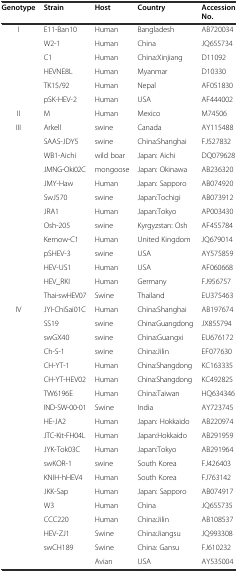
<table><thead><tr><td><b>Genotype</b></td><td><b>Strain</b></td><td><b>Host</b></td><td><b>Country</b></td><td><b>Accession No.</b></td></tr></thead><tbody><tr><td>I</td><td>E11-Ban10</td><td>Human</td><td>Bangladesh</td><td>AB720034</td></tr><tr><td></td><td>W2-1</td><td>Human</td><td>China</td><td>JQ655734</td></tr><tr><td></td><td>C1</td><td>Human</td><td>China:Xinjiang</td><td>D11092</td></tr><tr><td></td><td>HEVNE8L</td><td>Human</td><td>Myanmar</td><td>D10330</td></tr><tr><td></td><td>TK15/92</td><td>Human</td><td>Nepal</td><td>AF051830</td></tr><tr><td></td><td>pSK-HEV-2</td><td>Human</td><td>USA</td><td>AF444002</td></tr><tr><td>II</td><td>M</td><td>Human</td><td>Mexico</td><td>M74506</td></tr><tr><td>III</td><td>Arkell</td><td>swine</td><td>Canada</td><td>AY115488</td></tr><tr><td></td><td>SAAS-JDY5</td><td>swine</td><td>China:Shanghai</td><td>FJ527832</td></tr><tr><td></td><td>WB1-Aichi</td><td>wild boar</td><td>Japan: Aichi</td><td>DQ079628</td></tr><tr><td></td><td>JMNG-Oki02C</td><td>mongoose</td><td>Japan: Okinawa</td><td>AB236320</td></tr><tr><td></td><td>JMY-Haw</td><td>Human</td><td>Japan: Sapporo</td><td>AB074920</td></tr><tr><td></td><td>SwJ570</td><td>swine</td><td>Japan:Tochigi</td><td>AB073912</td></tr><tr><td></td><td>JRA1</td><td>Human</td><td>Japan:Tokyo</td><td>AP003430</td></tr><tr><td></td><td>Osh-205</td><td>swine</td><td>Kyrgyzstan: Osh</td><td>AF455784</td></tr><tr><td></td><td>Kernow-C1</td><td>Human</td><td>United Kingdom</td><td>JQ679014</td></tr><tr><td></td><td>pSHEV-3</td><td>swine</td><td>USA</td><td>AY575859</td></tr><tr><td></td><td>HEV-US1</td><td>Human</td><td>USA</td><td>AF060668</td></tr><tr><td></td><td>HEV_RKI</td><td>Human</td><td>Germany</td><td>FJ956757</td></tr><tr><td></td><td>Thai-swHEV07</td><td>Swine</td><td>Thailand</td><td>EU375463</td></tr><tr><td>IV</td><td>JYI-ChiSai01C</td><td>Human</td><td>China:Shanghai</td><td>AB197674</td></tr><tr><td></td><td>SS19</td><td>swine</td><td>China:Guangdong</td><td>JX855794</td></tr><tr><td></td><td>swGX40</td><td>swine</td><td>China:Guangxi</td><td>EU676172</td></tr><tr><td></td><td>Ch-S-1</td><td>swine</td><td>China:Jilin</td><td>EF077630</td></tr><tr><td></td><td>CH-YT-1</td><td>Human</td><td>China:Shangdong</td><td>KC163335</td></tr><tr><td></td><td>CH-YT-HEV02</td><td>Human</td><td>China:Shangdong</td><td>KC492825</td></tr><tr><td></td><td>TW6196E</td><td>Human</td><td>China:Taiwan</td><td>HQ634346</td></tr><tr><td></td><td>IND-SW-00-01</td><td>Swine</td><td>India</td><td>AY723745</td></tr><tr><td></td><td>HE-JA2</td><td>Human</td><td>Japan: Hokkaido</td><td>AB220974</td></tr><tr><td></td><td>JTC-Kit-FH04L</td><td>Human</td><td>Japan:Hokkaido</td><td>AB291959</td></tr><tr><td></td><td>JYK-Tok03C</td><td>Human</td><td>Japan:Tokyo</td><td>AB291964</td></tr><tr><td></td><td>swKOR-1</td><td>swine</td><td>South Korea</td><td>FJ426403</td></tr><tr><td></td><td>KNIH-hHEV4</td><td>Human</td><td>South Korea</td><td>FJ763142</td></tr><tr><td></td><td>JKK-Sap</td><td>Human</td><td>Japan: Sapporo</td><td>AB074917</td></tr><tr><td></td><td>W3</td><td>Human</td><td>China</td><td>JQ655735</td></tr><tr><td></td><td>CCC220</td><td>Human</td><td>China:Jilin</td><td>AB108537</td></tr><tr><td></td><td>HEV-ZJ1</td><td>Swine</td><td>China:Jiangsu</td><td>JQ993308</td></tr><tr><td></td><td>swCH189</td><td>Swine</td><td>China: Gansu</td><td>FJ610232</td></tr><tr><td></td><td></td><td>Avian</td><td>USA</td><td>AY535004</td></tr></tbody></table>